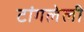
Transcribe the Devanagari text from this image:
टांगलेली